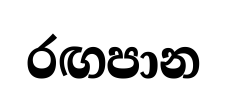
රඟපාන